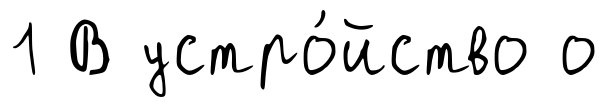
1 В устро́йство о